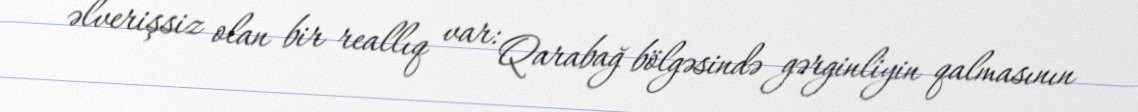
əlverişsiz olan bir reallıq var: Qarabağ bölgəsində gərginliyin qalmasının